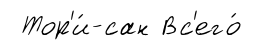
Тор'и́-сан Вс'его́